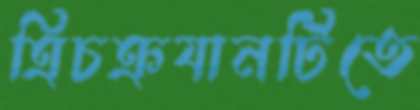
ত্রিচক্রযানটিতে